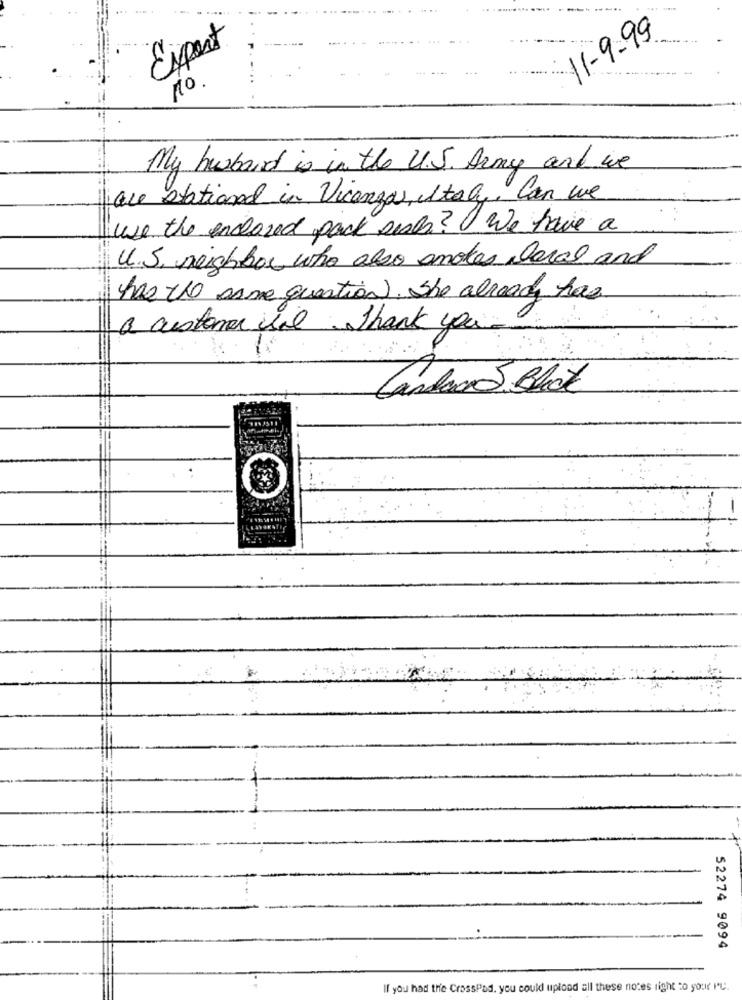
.....
11-9-99
Expert
10.
My husband is in the U.S. Army and we
are stationed in Vicangas, iltag, Can we
use the enclosed pack seals? We have a
U.S. neighbor who also smokes oral and
has the same question). She already has
a customer ine. Thank you.
Candoa5.Blok
52274 9094
If you had the CrossPad, you could upload all these notes right to your PU.